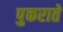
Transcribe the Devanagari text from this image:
पुकराते